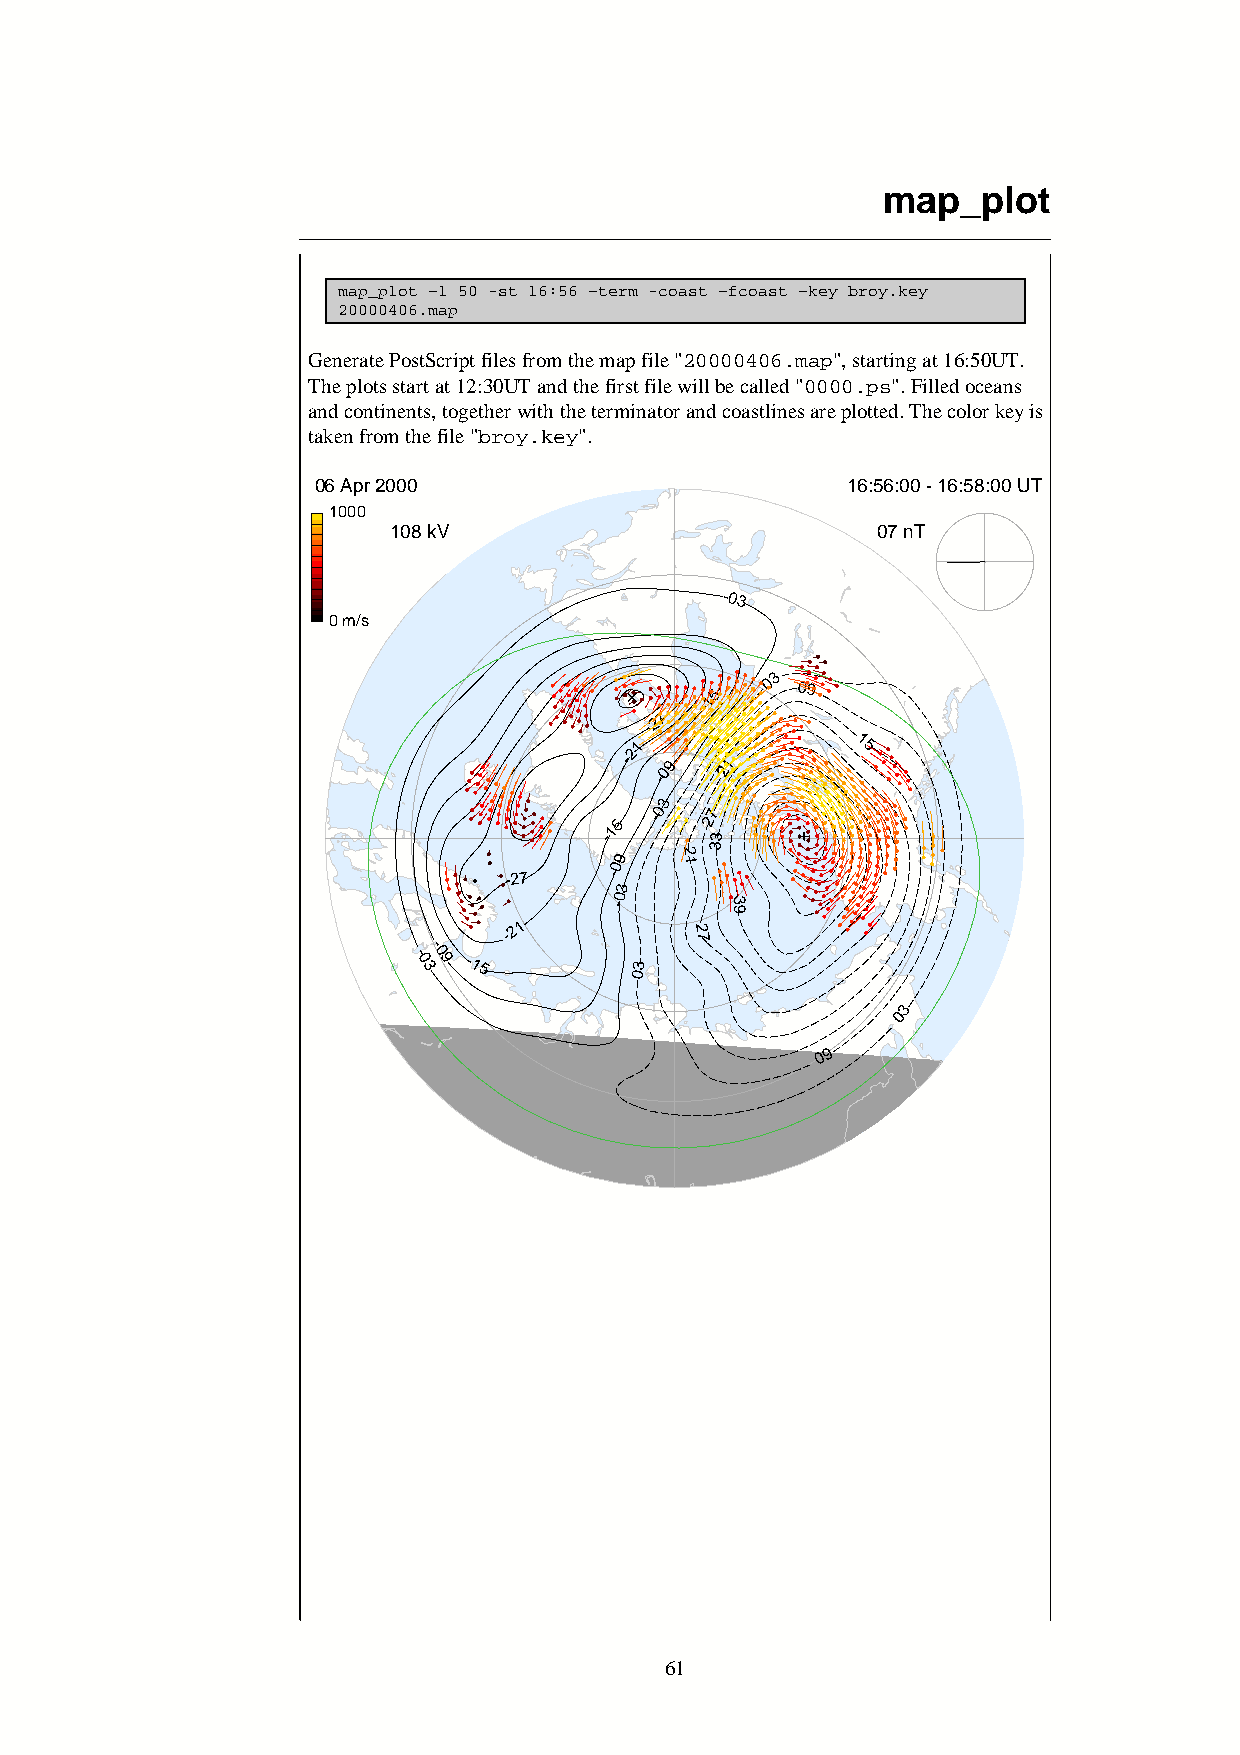
map_plot
 map_plot –l 50 -st 16:56 –term -coast –fcoast –key broy.key
 20000406.map
 Generate PostScript files from the map file "20000406.map", starting at 16:50UT.
 The plots start at 12:30UT and the first file will be called "0000.ps". Filled oceans
 and continents, together with the terminator and coastlines are plotted. The color key is
 taken from the file "broy.key".
 06 Apr 2000                        16:56:00 - 16:58:00 UT
 1000
 108 kV                          07 nT
 -03
 0 m/s
 5
 03
 09
 1
 -
 -2 7
 21             15
 -  09  21
 -
 3
 5
 -0  27
 1
 -      3
 3
 09   2 1
 -27    -
 3
 -0      3
 9
 -21          2
 7
 -
 - 0 30 9 -15   03
 3
 0
 0 9
 61